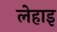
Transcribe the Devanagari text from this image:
लेहाइ